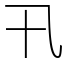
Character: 卂